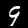
Label: 9